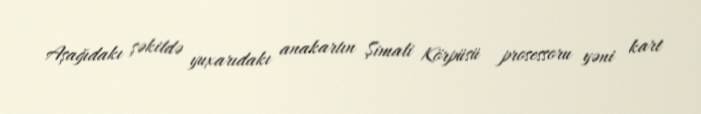
Aşağıdakı şəkildə yuxarıdakı anakartın Şimali Körpüsü prosessoru yəni kart